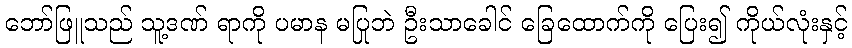
ဘော်ဖြူသည် သူ့ဒဏ် ရာကို ပမာန မပြုဘဲ ဦးသာခေါင် ခြေထောက်ကို ပြေး၍ ကိုယ်လုံးနှင့်